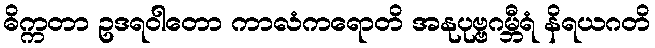
ဓိက္ကတာ ဥဒရဝါတော ကာလံကရောတိ အနုပုဗ္ဗဂမ္ဘီရံ နိရယဂတိ